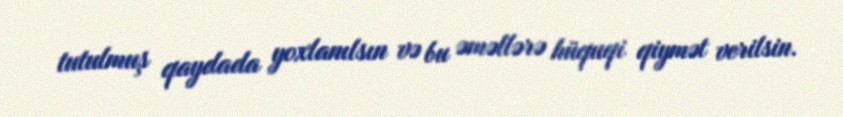
tutulmuş qaydada yoxlanılsın və bu əməllərə hüquqi qiymət verilsin.